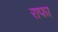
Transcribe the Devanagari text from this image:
राफा